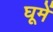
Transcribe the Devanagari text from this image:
घूमें